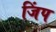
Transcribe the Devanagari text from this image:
जिंप